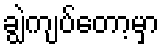
ချွဲကျပ်တော့မှာ